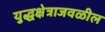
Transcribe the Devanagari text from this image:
युद्धक्षेत्राजवळील